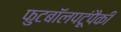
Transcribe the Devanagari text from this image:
फुटबॉलपटूंपैकी